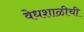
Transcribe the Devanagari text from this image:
वेधशाळीची